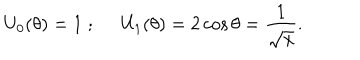
LaTeX: U _ { 0 } ( \theta ) = 1 \; ; \; \; U _ { 1 } ( \theta ) = 2 \cos \theta = \frac { 1 } { \sqrt x } .